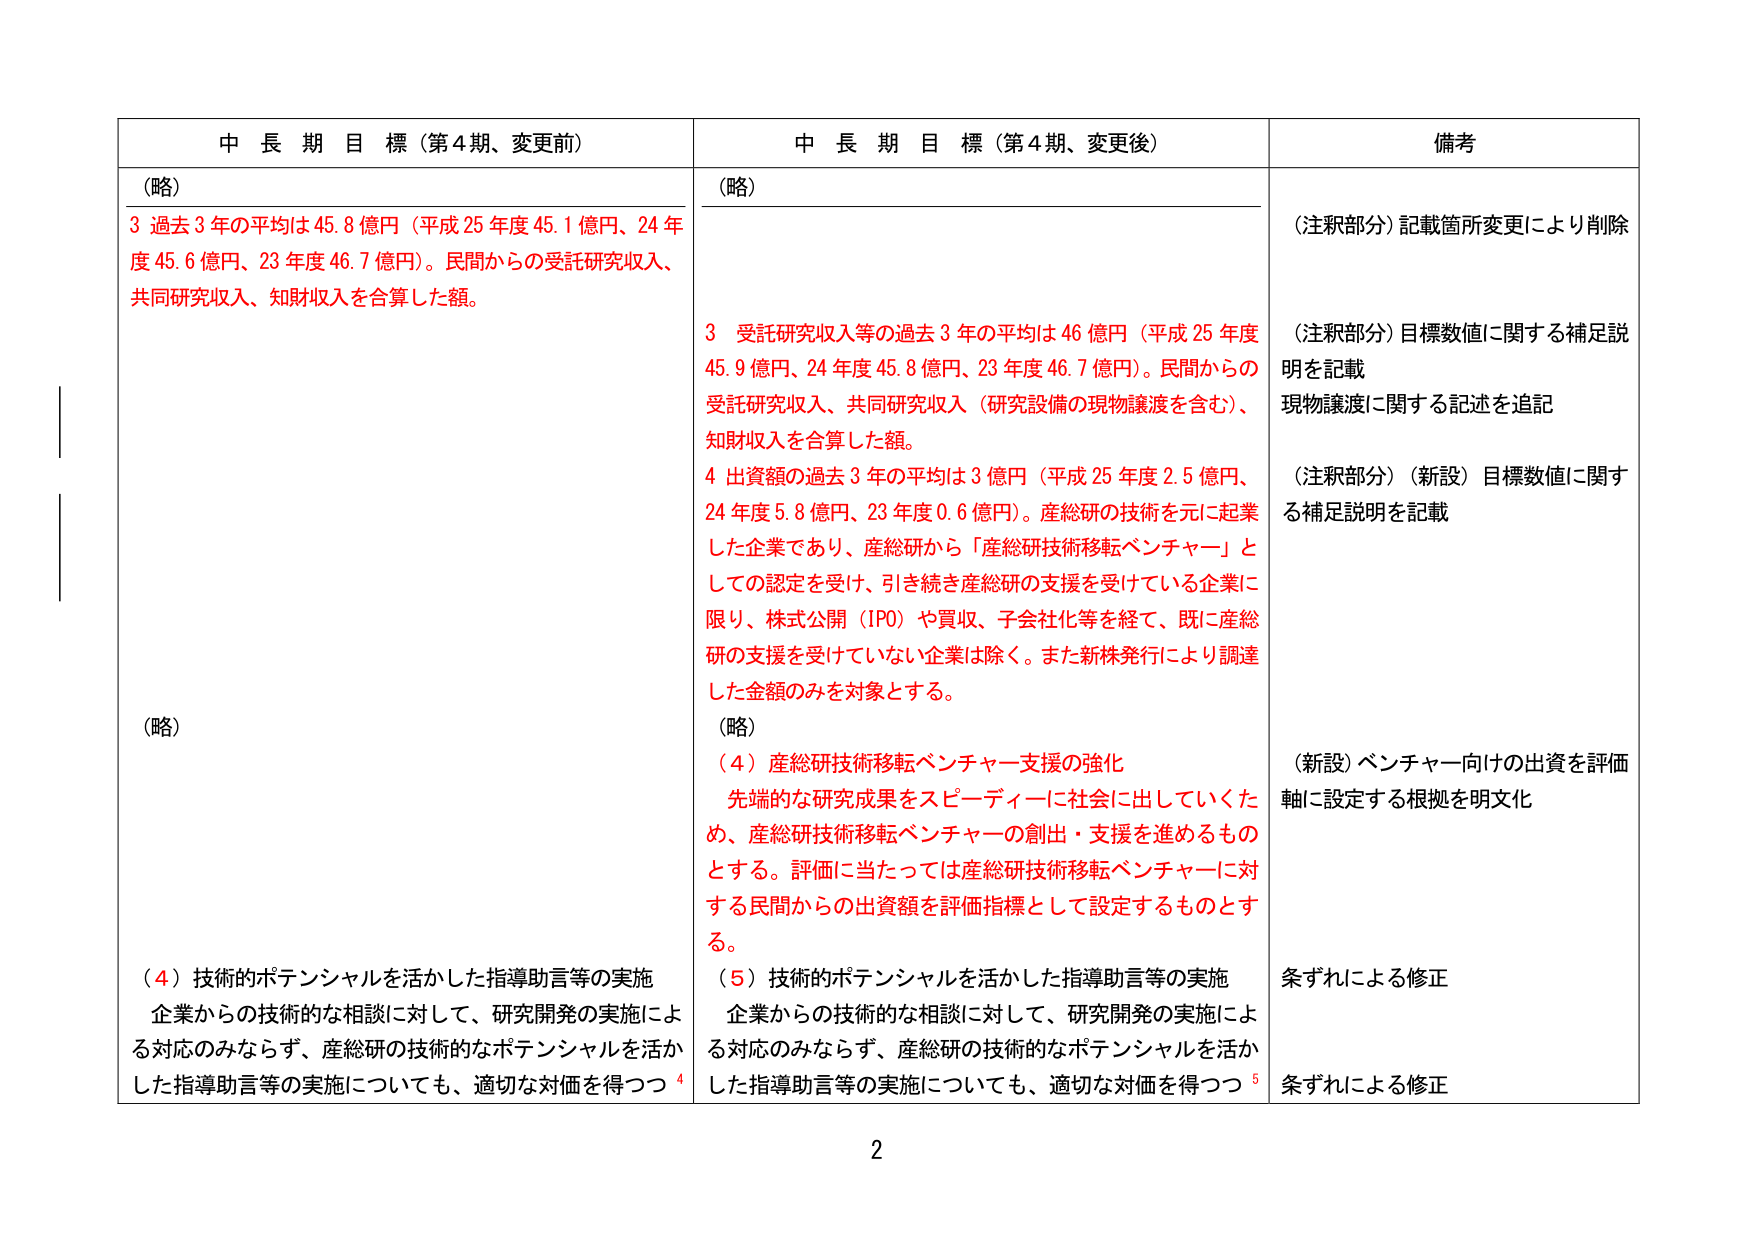
中 長 期 目 標（第4期、変更前）
（略）
3 過去3年の平均は45.8億円（平成25年度45.1億円、24年度45.6億円、23年度46.7億円）。民間からの受託研究収入、共同研究収入、知財収入を合算した額。
（略）
（4）技術的ポテンシャルを活かした指導助言等の実施
企業からの技術的な相談に対して、研究開発の実施による対応のみならず、産総研の技術的なポテンシャルを活かした指導助言等の実施についても、適切な対価を得つつ 4

中 長 期 目 標（第4期、変更後）
（略）
3 受託研究収入等の過去3年の平均は46億円（平成25年度45.9億円、24年度45.8億円、23年度46.7億円）。民間からの受託研究収入、共同研究収入（研究設備の現物譲渡を含む）、知財収入を合算した額。
4 出資額の過去3年の平均は3億円（平成25年度2.5億円、24年度5.8億円、23年度0.6億円）。産総研の技術を元に起業した企業であり、産総研から「産総研技術移転ベンチャー」としての認定を受け、引き続き産総研の支援を受けている企業に限り、株式公開（IPO）や買収、子会社化等を経て、既に産総研の支援を受けていない企業は除く。また新株発行により調達した金額のみを対象とする。
（略）
（4）産総研技術移転ベンチャー支援の強化
先端的な研究成果をスピーディーに社会に出していくため、産総研技術移転ベンチャーの創出・支援を進めるものとする。評価に当たっては産総研技術移転ベンチャーに対する民間からの出資額を評価指標として設定するものとする。
（5）技術的ポテンシャルを活かした指導助言等の実施
企業からの技術的な相談に対して、研究開発の実施による対応のみならず、産総研の技術的なポテンシャルを活かした指導助言等の実施についても、適切な対価を得つつ 5

備考
（注釈部分）記載箇所変更により削除
（注釈部分）目標数値に関する補足説明を記載
現物譲渡に関する記述を追記
（注釈部分）（新設）目標数値に関する補足説明を記載
（新設）ベンチャー向けの出資を評価軸に設定する根拠を明文化
条ずれによる修正
条ずれによる修正

2